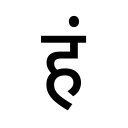
OCR:
हं